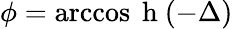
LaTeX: \phi=\operatorname{arccos}\mathrm{~h~}(-\Delta)